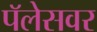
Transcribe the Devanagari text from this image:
पॅलेसवर